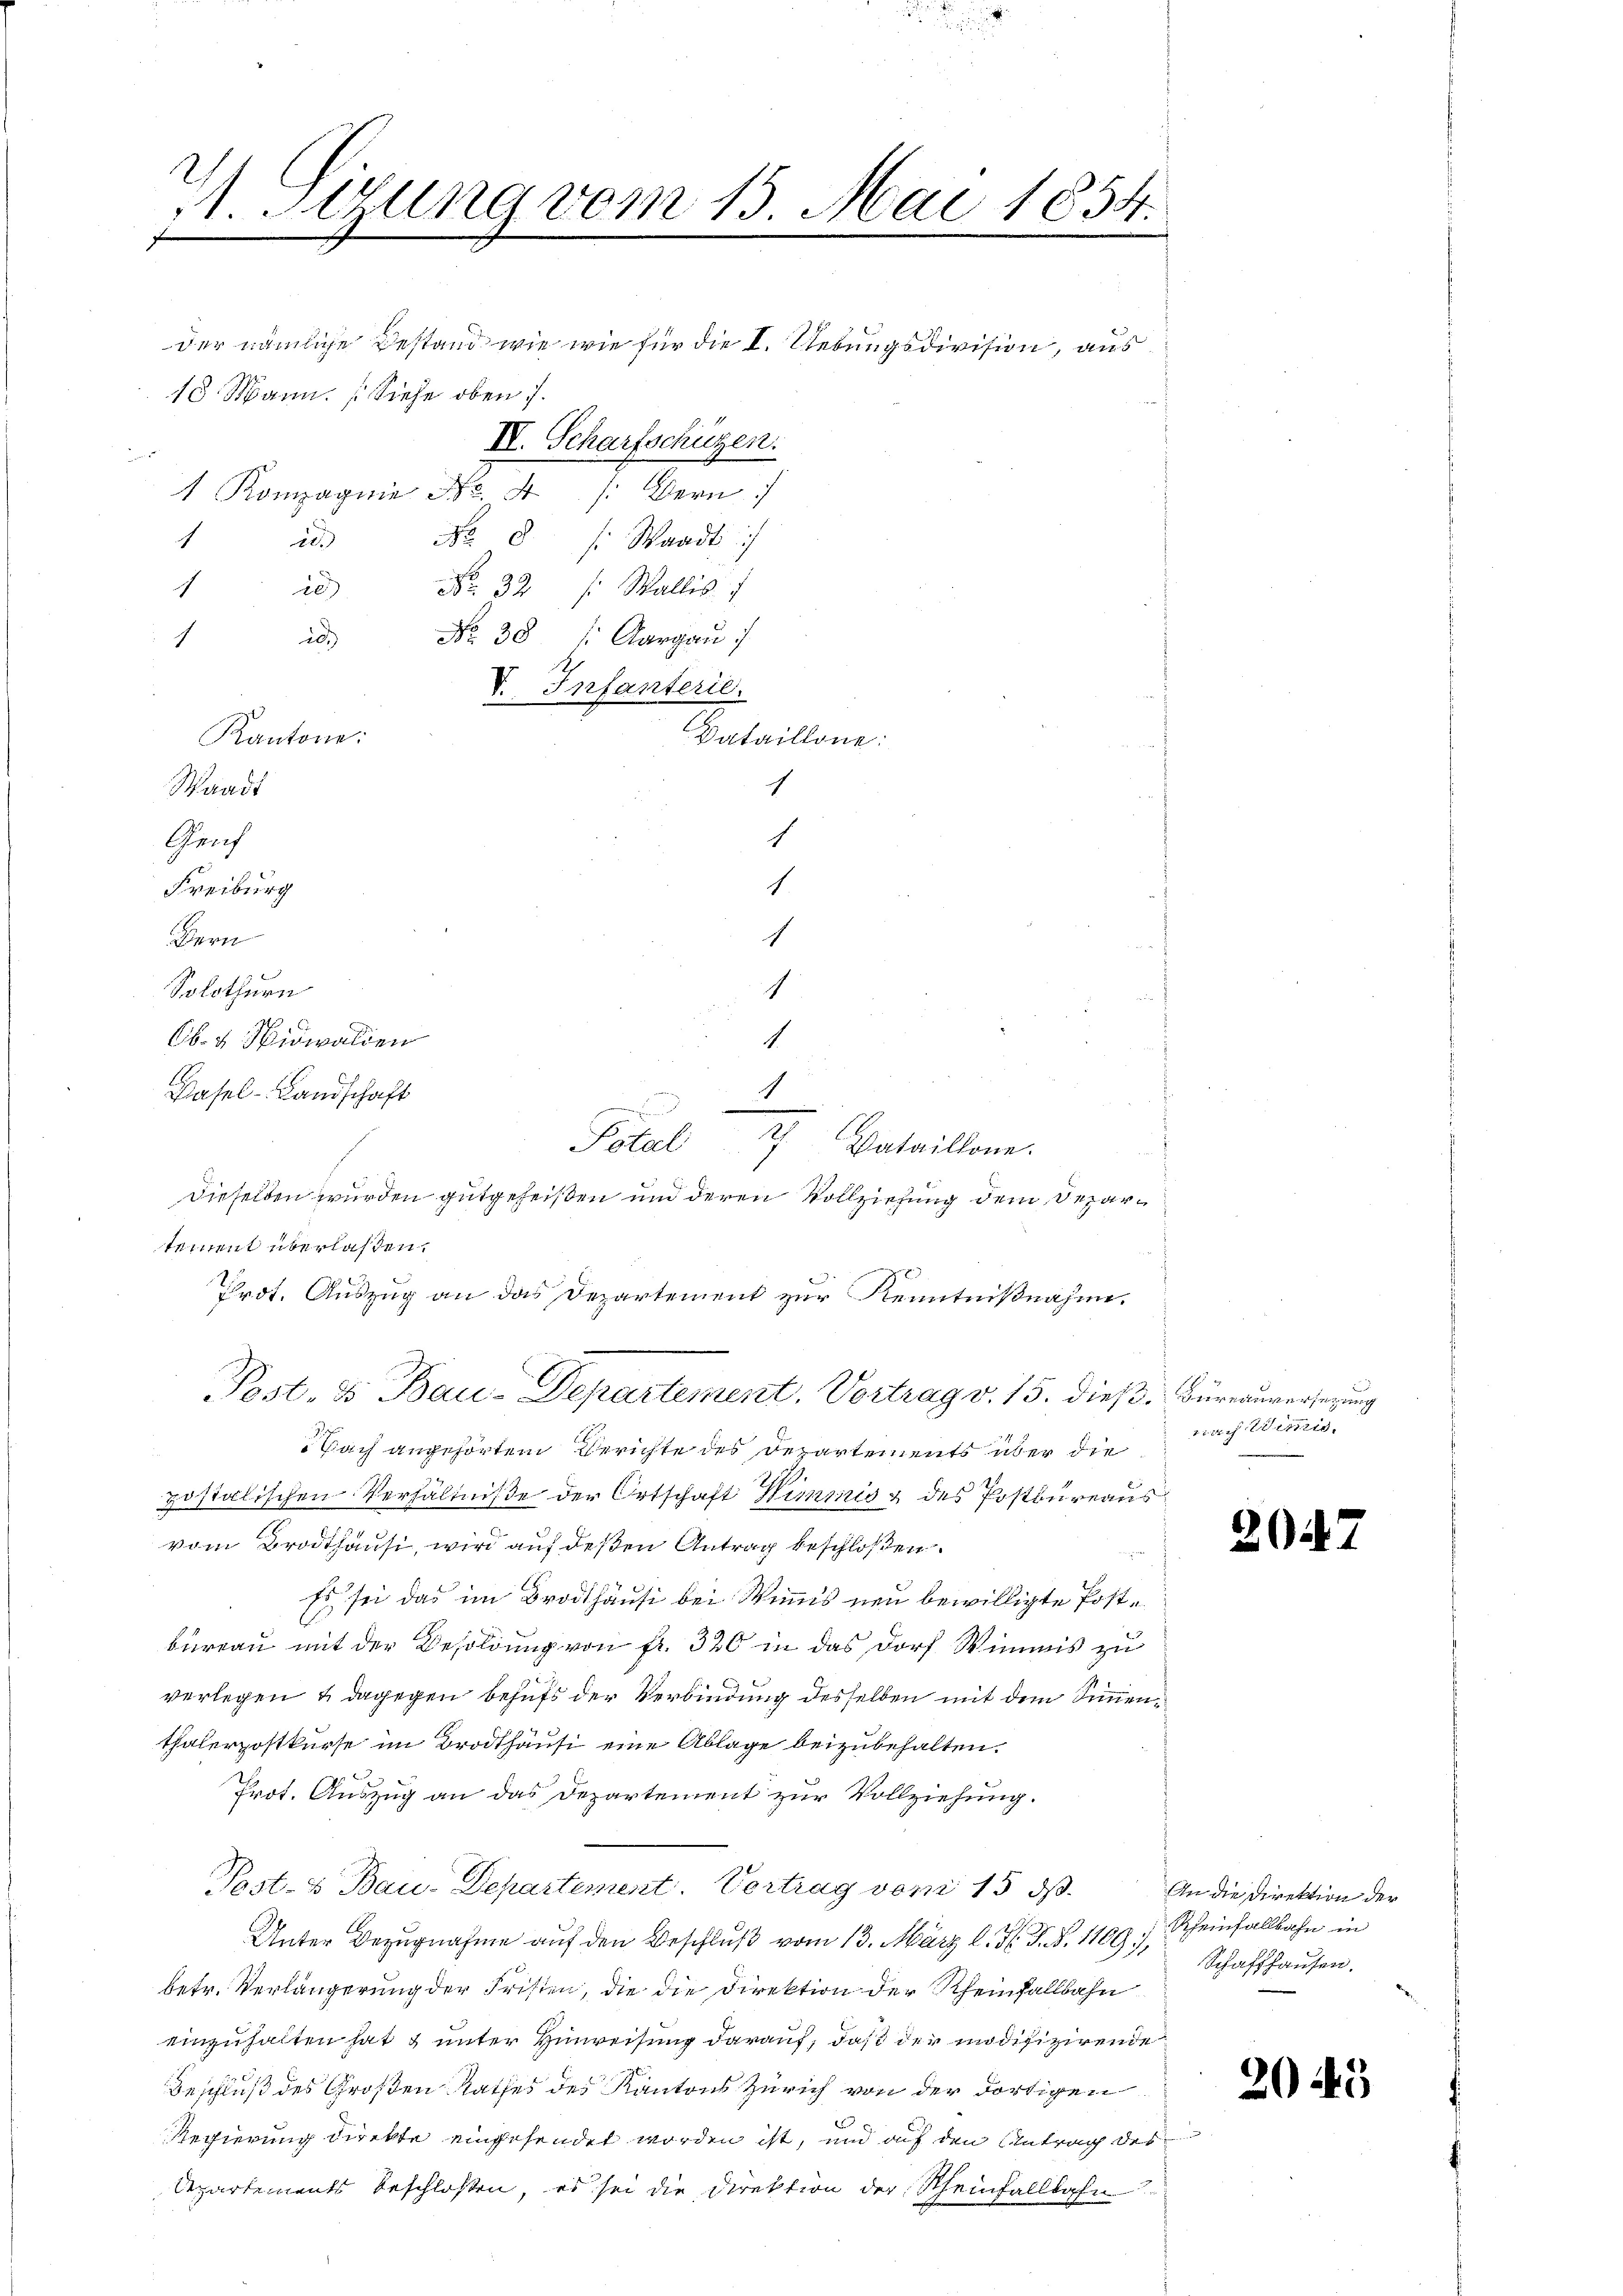
A. Sitzung vom 15. Mai 1854.

1
ie
No 8 : Waadt
No 32 f. Wallis 1
i
1
No. 38 (Aargau
i
1
Kantone:
Waadt
Genf
Freiburg
Bern
Solothurn
Cb. 4. Nidwalden
Hasel-Landschaft
Dataillone.
Dieselben wurden gutgeheißen und deren Vollziehung dem Departement überlassen.
Prot. Auszug an das Departement zur Kenntnißnahme.
Post. & Bau-Departement, Vortrag v. 15. dieß. Büreauversezung
Nach angehörtem Berichte des Departements über die
postalischen Verhältniße der Ortschaft Wimmis & des Postbureaus
vom Brodthausi, wird auf deßen Antrag beschloßen:
Es sei das im Brodthäusi bei Winns neu bewilligte Postbureau mit der Besoldung von fr. 320 in das Dorf Wimmis zu
verlegen u dagegen behufs der Verbindung desselben mit dem Simmenthalerpostkurse im Brodthäusi eine Ablage beizubehalten.
Prot. Auszug an das Departement zur Vollziehung.
Post- & Bau-Departement. Vortrag vom 15.
Unter Bezugnahme auf den Beschluß vom 13. März l. J. J. Z. 1109. Seinfallbahn in
betr. Verlängerung der Fristen, die die Direktion der Rheinfallbahn
einzuhalten hat & unter Hinweisung darauf, daß der modifizirende
Beschluß des Großen Rathes des Kantons Zürich von der dortigen
Regierung direkte eingesendet worden ist, und auf den Antrag des
Departements beschlossen, es sei die Direktion der Scheinfallbahn

der nämliche Bestand wie wie für die I. Uebungsdivision, aus
10 Mann. Siehe oben 7.
IV. Scharfschützen.
 Kompagnie No. 4 /: Bern

1
1
.
e
Potal

V. Infanterie.
Vataillone:
1
1
1
1
1

etaris Werts

2047

An die Direktion der
Schaffhausen.

2045